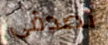
تصدقى